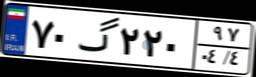
۱۹گ۵۳۹۳۶